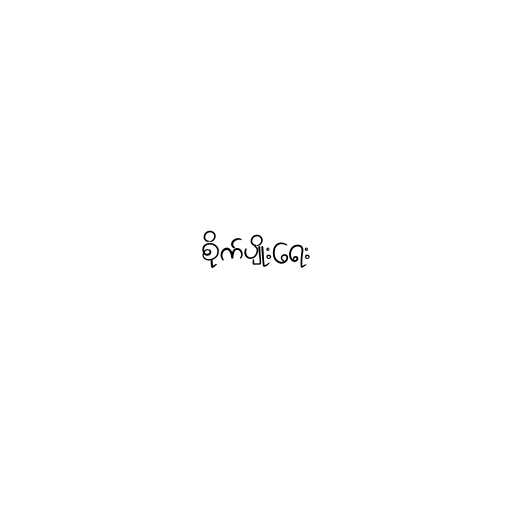
စိုက်ပျိုးရေး